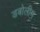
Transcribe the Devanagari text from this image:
डबोलीम